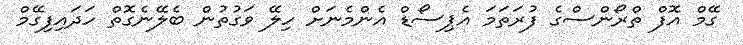
ގޭމް އޮފް ތްރޯންސްގެ ފުރަތަމަ އެޕިސޯޑް އެންމެނަށް ހިލޭ ވަގުތުން ބެލޭނެގޮތް ހަދައިފިގޭމް